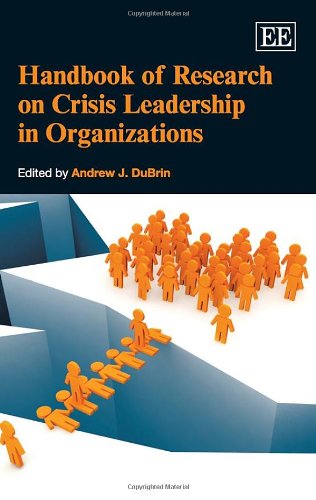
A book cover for Handbook of Research on Crisis Leadership in Organizations (Elgar original reference); Andrew J. DuBrin; Business & Money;